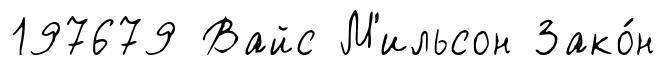
197679 Вайс М'ильсон Зако́н